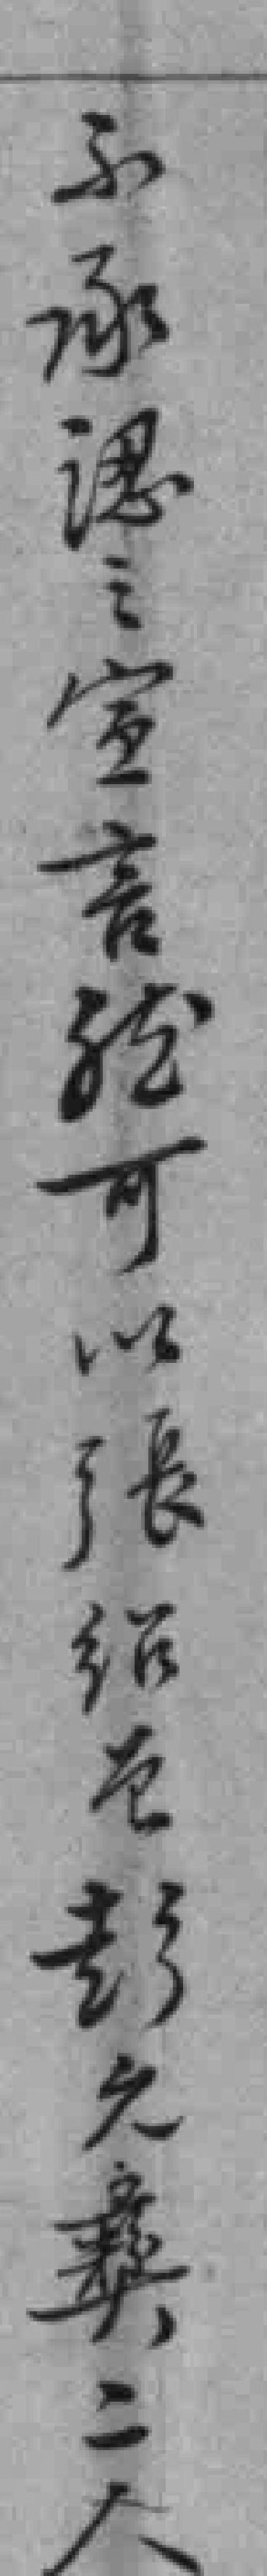
不承認之宣言然可以張绍曾彭允彝二人